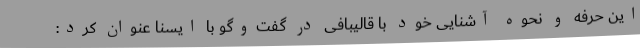
این حرفه و نحوه آشنایی خود با قالیبافی در گفت‌وگو با ایسنا عنوان کرد: